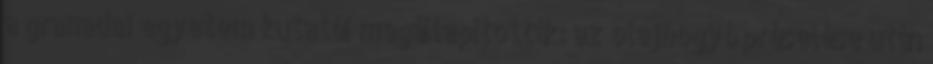
a granadai egyetem kutatói megállapították: az olajbogyó préselése után